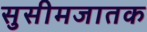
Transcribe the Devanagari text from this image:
सुसीमजातक